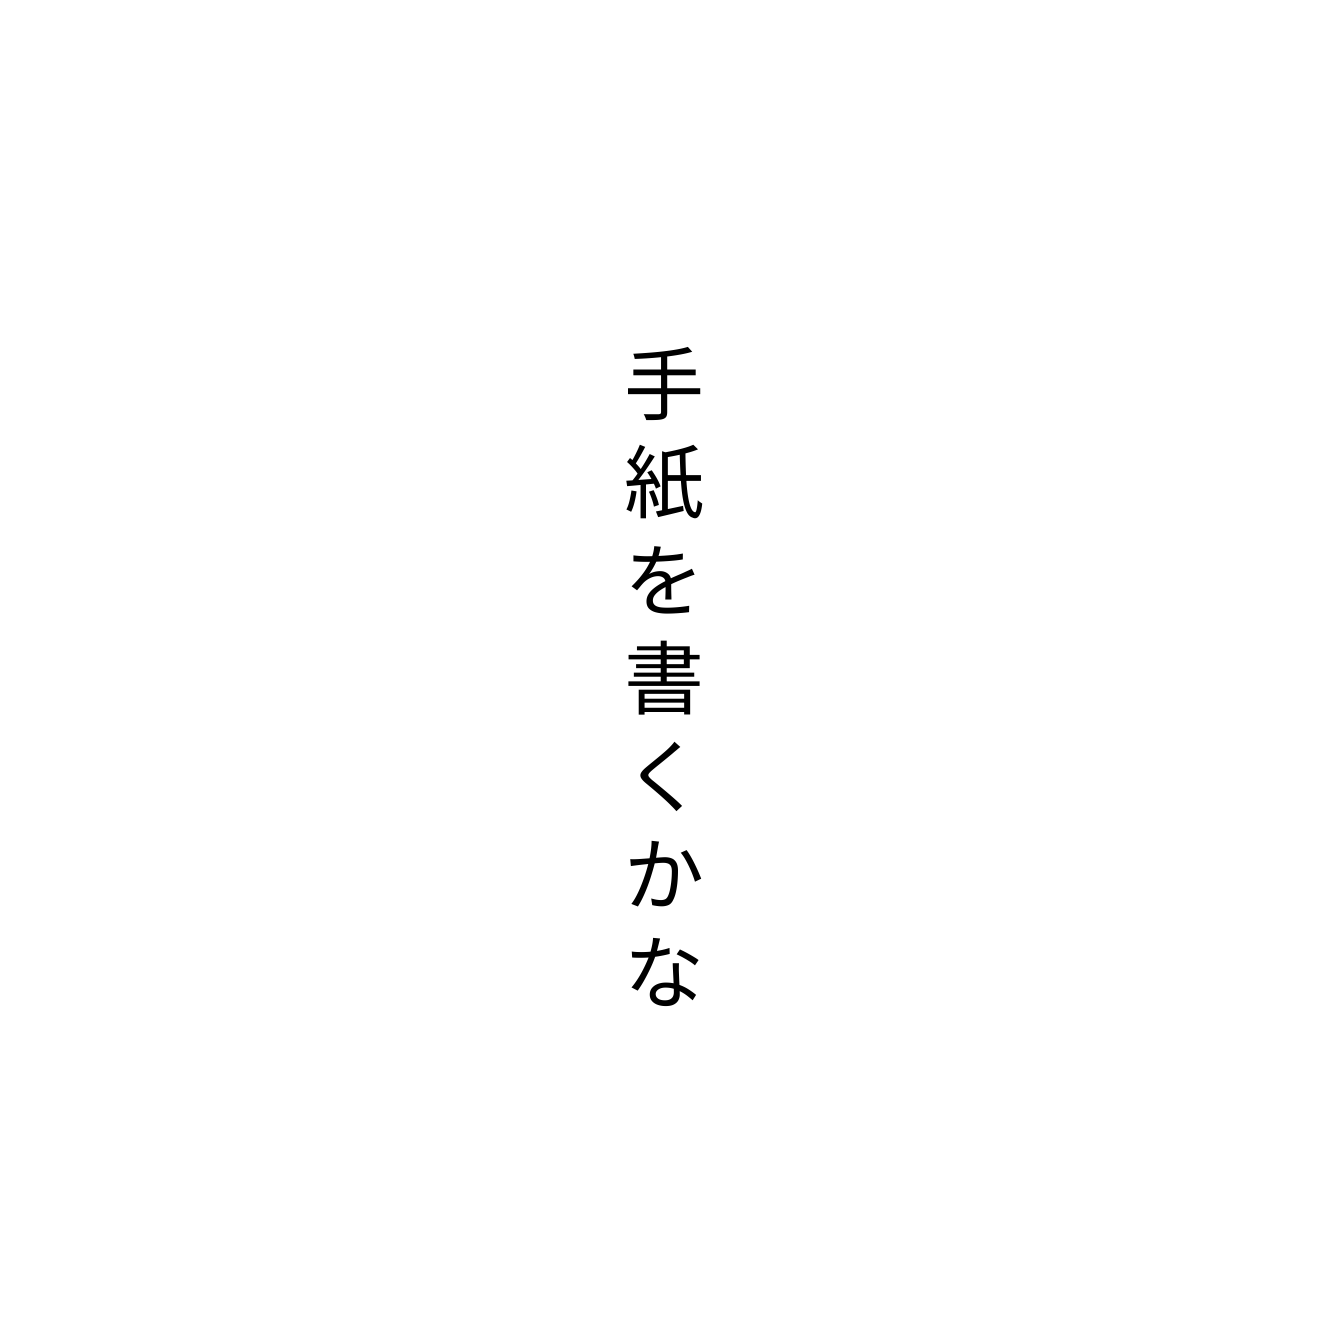
手紙を書くかな